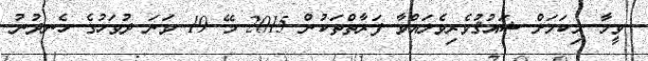
ވީމާ މިކަމަށް ޝައުޤުވެރިވެލައްވާ ފަރާތްތަކުން 2015 މޭ 19 ވަނަ ދުވަހުގެ ހެނދުނު